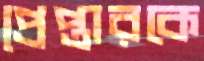
প্রেপ্তারকে